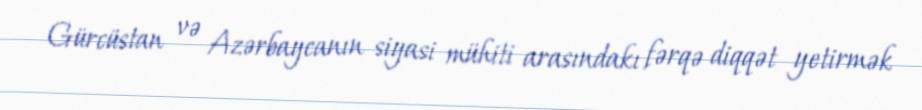
Gürcüstan və Azərbaycanın siyasi mühiti arasındakı fərqə diqqət yetirmək